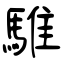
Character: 騅